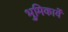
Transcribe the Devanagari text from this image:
भुमिकायें